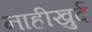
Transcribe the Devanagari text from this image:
नाहीखुर्द